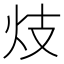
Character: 𱪫